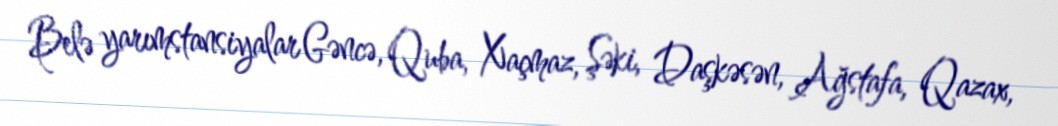
Belə yarımstansiyalar Gəncə, Quba, Xaçmaz, Şəki, Daşkəsən, Ağstafa, Qazax,